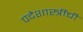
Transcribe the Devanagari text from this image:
पदेशास्त्रींची